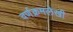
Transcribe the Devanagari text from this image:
वर्णक्रमलेखी